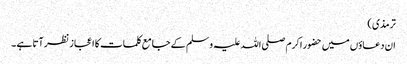
ترمذی )
ان دعاؤں میں حضور اکرم صلی اللہ علیہ وسلم کے جامع کلمات کا اعجاز نظر آتا ہے ۔